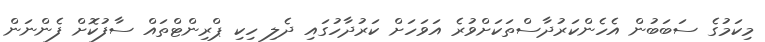
މިކަމުގެ ސަބަބުން އެހެންކަރުދާސްތަކަށްވުރެ އަވަހަށް ކަރުދާހުގައި ދެލި ހިކި ޕްރިންޓްތައް ސާފުކޮށް ފެންނަން